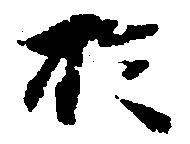
於